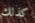
كذلك